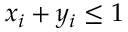
x _ { i } + y _ { i } \leq 1